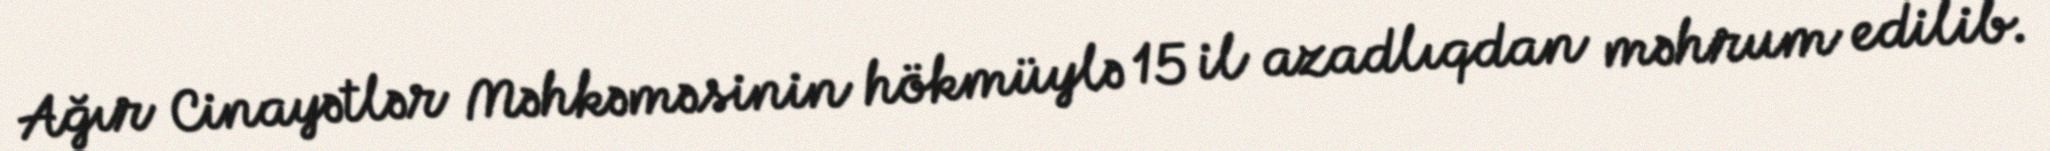
Ağır Cinayətlər Məhkəməsinin hökmüylə 15 il azadlıqdan məhrum edilib.